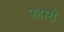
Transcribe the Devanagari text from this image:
पहारो